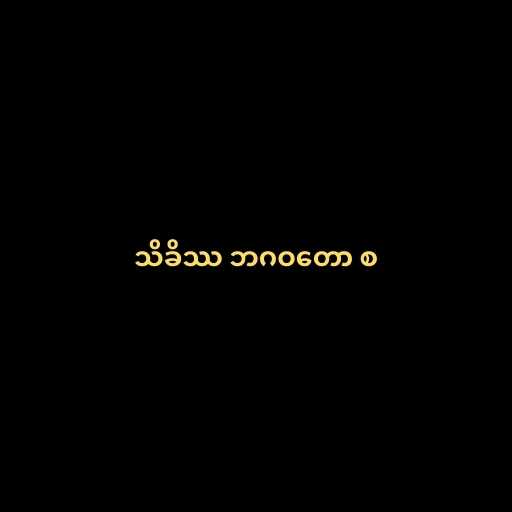
သိခိဿ ဘဂဝတော စ